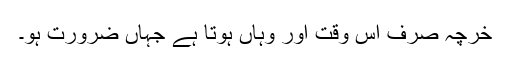
خرچہ صرف اس وقت اور وہاں ہوتا ہے جہاں ضرورت ہو۔